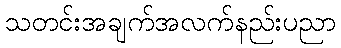
သတင်းအချက်အလက်နည်းပညာ